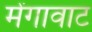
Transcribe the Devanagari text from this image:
मेंगावाट